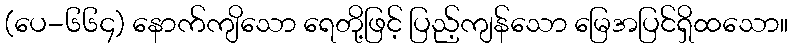
(ပေ-၆၆၄) နောက်ကျိသော ရေတို့ဖြင့် ပြည့်ကျန်သော မြေအပြင်ရှိထသော။